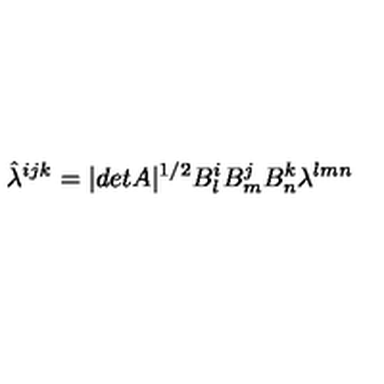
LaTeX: \hat { \lambda } ^ { i j k } = | d e t A | ^ { 1 / 2 } B _ { l } ^ { i } B _ { m } ^ { j } B _ { n } ^ { k } \lambda ^ { l m n }